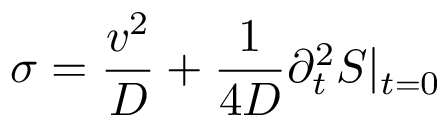
\sigma = \frac { v ^ { 2 } } { D } + \frac { 1 } { 4 D } \partial _ { t } ^ { 2 } { \cal S } | _ { t = 0 }